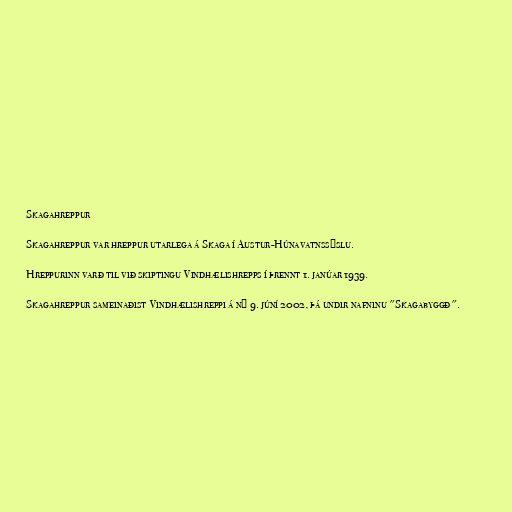
Skagahreppur

Skagahreppur var hreppur utarlega á Skaga í Austur-Húnavatnssýslu.

Hreppurinn varð til við skiptingu Vindhælishrepps í þrennt 1. janúar 1939.

Skagahreppur sameinaðist Vindhælishreppi á ný 9. júní 2002, þá undir nafninu "Skagabyggð".